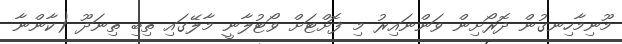
މޫނިމާހިނގުން ދޮރޯށިން ވަންނައިރު މި ފޮށްޓަށް ވޯޓުލާނީ މާލޭގައި ތިބި ތިނަދޫ (ކާންނާ